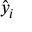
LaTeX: { \hat { y } } _ { i }